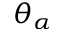
\theta _ { \alpha }